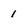
Character: 1